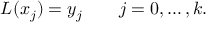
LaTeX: L ( x _ { j } ) = y _ { j } \qquad j = 0 , \ldots , k .